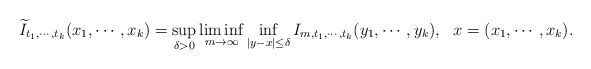
\begin{align*}\widetilde{I}_{t_{1},\cdots, t_{k}}(x_{1},\cdots, x_{k})=\sup_{\delta>0}\liminf_{m\to\infty}\inf_{|y-x| \le \delta}I_{m, t_{1}, \cdots, t_{k}}(y_{1},\cdots, y_{k}), ~~x=(x_{1}, \cdots,x_{k}).\end{align*}